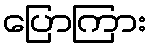
ပြောကြား